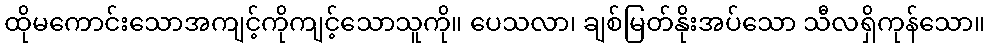
ထိုမကောင်းသောအကျင့်ကိုကျင့်သောသူကို။ ပေသလာ၊ ချစ်မြတ်နိုးအပ်သော သီလရှိကုန်သော။